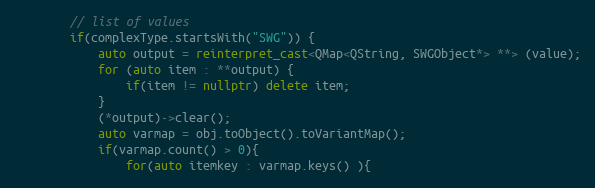
Language: C++
        // list of values
        if(complexType.startsWith("SWG")) {
            auto output = reinterpret_cast<QMap<QString, SWGObject*> **> (value);
            for (auto item : **output) {
                if(item != nullptr) delete item;
            }
            (*output)->clear();
            auto varmap = obj.toObject().toVariantMap();
            if(varmap.count() > 0){
                for(auto itemkey : varmap.keys() ){